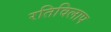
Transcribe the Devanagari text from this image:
रतिविलाप